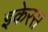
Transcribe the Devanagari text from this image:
इकेरस